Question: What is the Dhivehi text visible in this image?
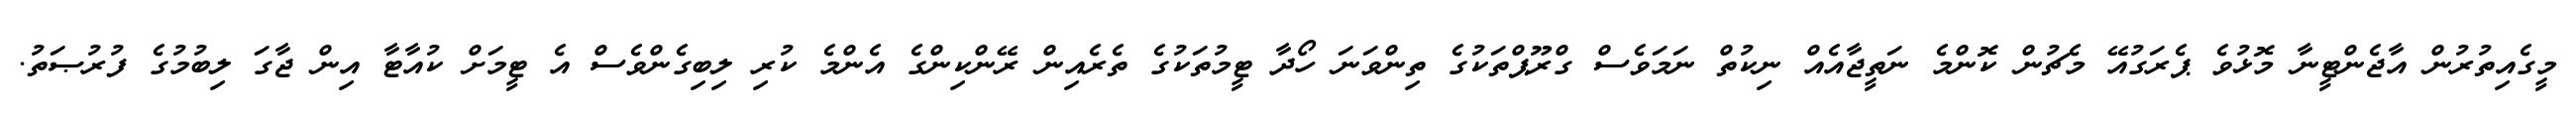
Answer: މީގެއިތުރުން އާޖެންޓީނާ މޮޅުވެ ޕެރަގުއޭ މެޗުން ކޮންމެ ނަތީޖާއެއް ނިކުތް ނަމަވެސް ގްރޫޕްތަކުގެ ތިންވަނަ ހޯދާ ޓީމުތަކުގެ ތެރެއިން ރޭންކިންގެ އެންމެ ކުރި ލިބިގެންވެސް އެ ޓީމަށް ކުއާޓާ އިން ޖާގަ ލިބުމުގެ ފުރުޞަތު.